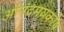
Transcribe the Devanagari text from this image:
आनंदमयकोष